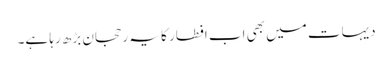
دیہات میں بھی اب افطار کا یہ رحجان بڑھ رہا ہے۔